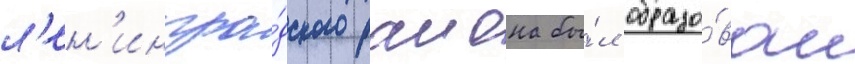
л'ен'ингра́дского раиона бы́л образо́ван